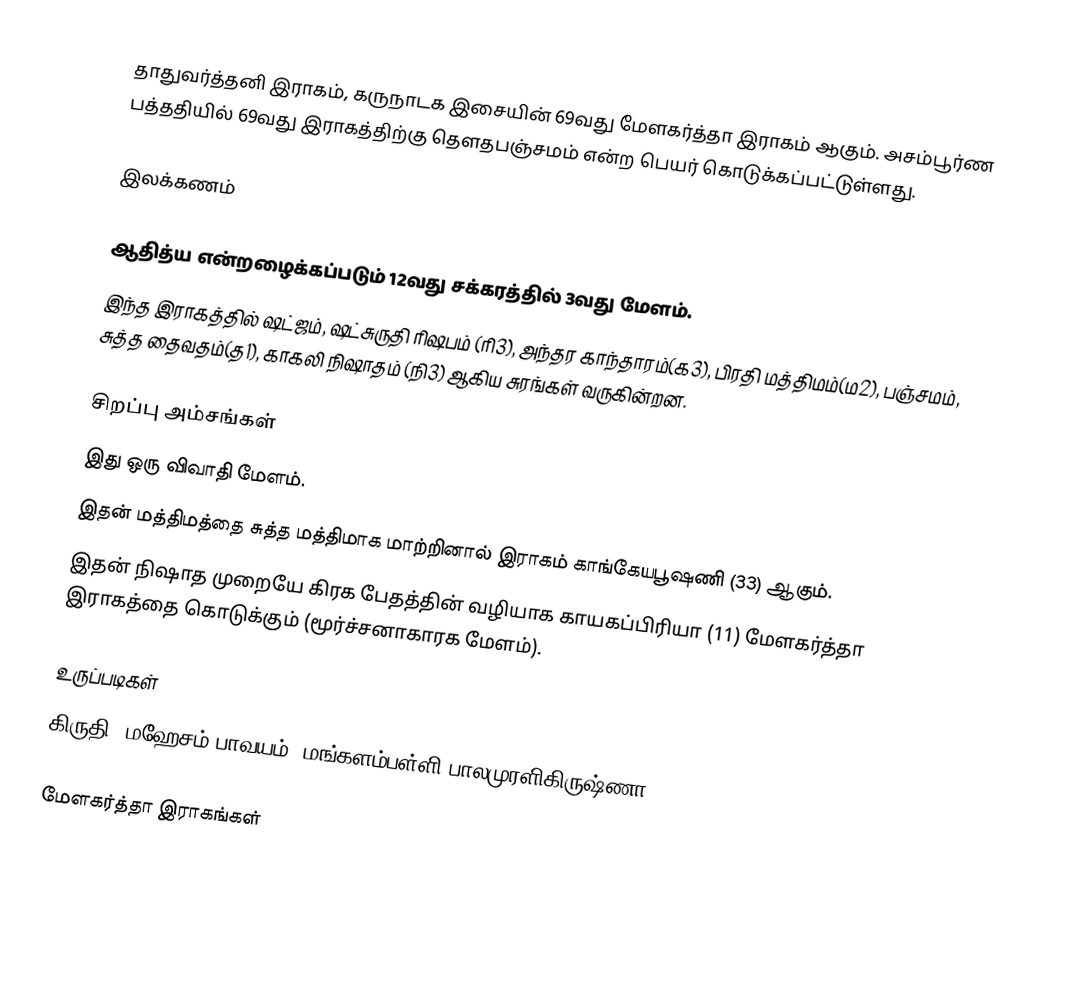
தாதுவர்த்தனி இராகம், கருநாடக இசையின் 69வது மேளகர்த்தா இராகம் ஆகும். அசம்பூர்ண பத்ததியில் 69வது இராகத்திற்கு தௌதபஞ்சமம் என்ற பெயர் கொடுக்கப்பட்டுள்ளது.

இலக்கணம்

 ஆதித்ய என்றழைக்கப்படும் 12வது சக்கரத்தில் 3வது மேளம்.
 இந்த இராகத்தில் ஷட்ஜம், ஷட்சுருதி ரிஷபம் (ரி3), அந்தர காந்தாரம்(க3), பிரதி மத்திமம்(ம2), பஞ்சமம், சுத்த தைவதம்(த1), காகலி நிஷாதம் (நி3) ஆகிய சுரங்கள் வருகின்றன.

சிறப்பு அம்சங்கள்
 இது ஒரு விவாதி மேளம்.
 இதன் மத்திமத்தை சுத்த மத்திமாக மாற்றினால் இராகம் காங்கேயபூஷணி (33) ஆகும்.
 இதன் நிஷாத முறையே கிரக பேதத்தின் வழியாக காயகப்பிரியா (11) மேளகர்த்தா இராகத்தை கொடுக்கும் (மூர்ச்சனாகாரக மேளம்).

உருப்படிகள்
 கிருதி: மஹேசம் பாவயம், மங்களம்பள்ளி பாலமுரளிகிருஷ்ணா

மேளகர்த்தா இராகங்கள்